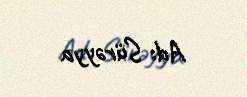
Ad: Sürəyya